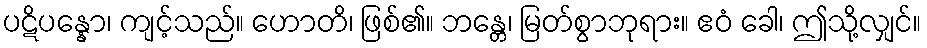
ပဋိပန္နော၊ ကျင့်သည်။ ဟောတိ၊ ဖြစ်၏။ ဘန္တေ၊ မြတ်စွာဘုရား။ ဧဝံ ခေါ၊ ဤသို့လျှင်။